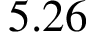
5 . 2 6